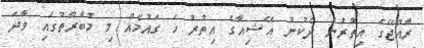
ރާއްޖޭގެ އިތުރުން ދެކުނު އޭޝިއާގެ އިތުރު ހަ ގައުމެއް މި މުބާރާތުގައި ވާދަ